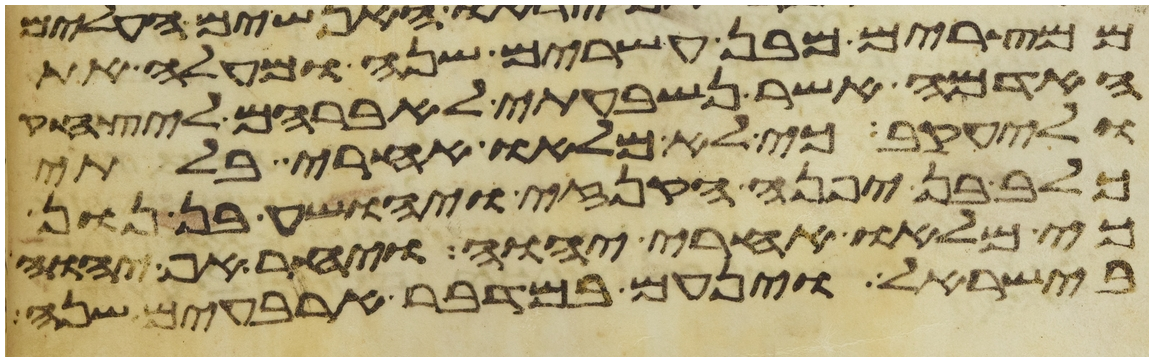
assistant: ממצרים מבן עשרים שנה ומעלה את
האדמה אשר נשבעתי לאברהם ליצחק
וליעקב כי לא מלאו אחרי בלתי
כלב בן יפנה הקנזי ויהושע בן נון
כי מלאו אחרי יהוה ויחר אף יהוה
בישראל וינעם במדבר ארבעים שנה